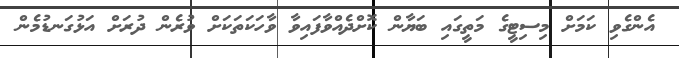
އެންގެވި ކަމަށް މިސިޓީގެ މަތީގައި ބަޔާން ކޮށްދެއްވާފައިވާ ވާހަކަތަކަށް ވުރެން ދުރަށް އަޅުގަނޑުމެން